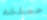
حملته